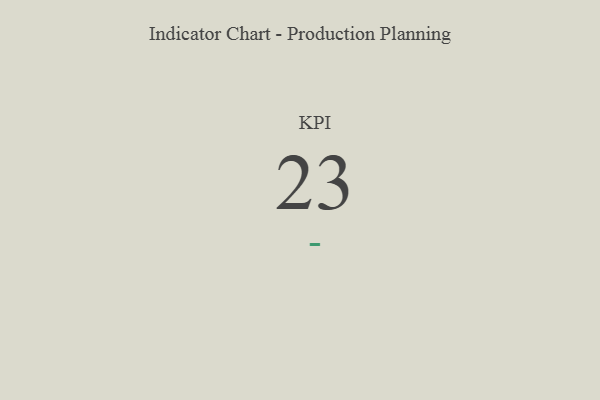
{"axis": {"x": "KPI", "y": "Value"}, "legend": [""], "data": [{"x": "KPI", "y": 23, "type": ""}]}